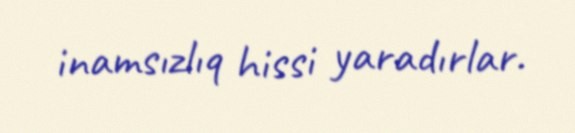
inamsızlıq hissi yaradırlar.